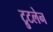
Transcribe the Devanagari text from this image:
ट्रुटलेन